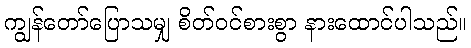
ကျွန်တော်ပြောသမျှ စိတ်ဝင်စားစွာ နားထောင်ပါသည်။